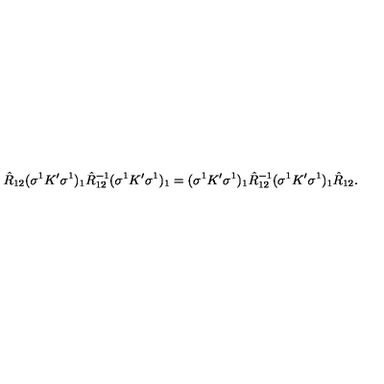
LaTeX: \hat { R } _ { 1 2 } ( \sigma ^ { 1 } K ^ { \prime } \sigma ^ { 1 } ) _ { 1 } \hat { R } _ { 1 2 } ^ { - 1 } ( \sigma ^ { 1 } K ^ { \prime } \sigma ^ { 1 } ) _ { 1 } = ( \sigma ^ { 1 } K ^ { \prime } \sigma ^ { 1 } ) _ { 1 } \hat { R } _ { 1 2 } ^ { - 1 } ( \sigma ^ { 1 } K ^ { \prime } \sigma ^ { 1 } ) _ { 1 } \hat { R } _ { 1 2 } .